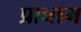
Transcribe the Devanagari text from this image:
प्राब्लम